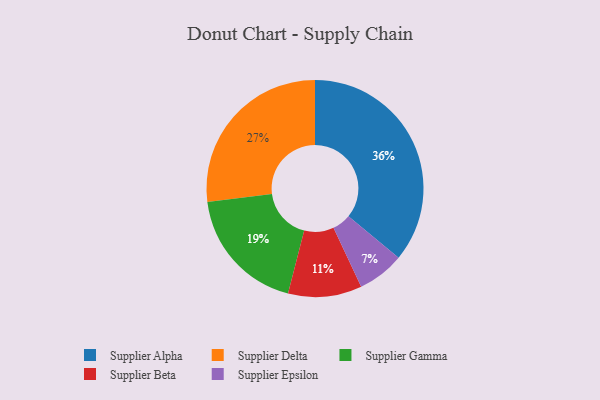
{"axis": {"x": "Category", "y": "Percentage"}, "legend": ["Supplier Alpha", "Supplier Beta", "Supplier Delta", "Supplier Epsilon", "Supplier Gamma"], "data": [{"x": "Supplier Alpha", "y": 36, "type": "Supplier Alpha"}, {"x": "Supplier Gamma", "y": 19, "type": "Supplier Gamma"}, {"x": "Supplier Delta", "y": 27, "type": "Supplier Delta"}, {"x": "Supplier Epsilon", "y": 7, "type": "Supplier Epsilon"}, {"x": "Supplier Beta", "y": 11, "type": "Supplier Beta"}]}